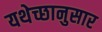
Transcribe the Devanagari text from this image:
यथेच्छानुसार